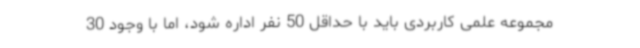
مجموعه علمی کاربردی باید با حداقل 50 نفر اداره شود، اما با وجود 30